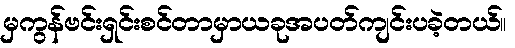
မှကွန်ဗင်းရှင်းစင်တာမှာယခုအပတ်ကျင်းပခဲ့တယ်။